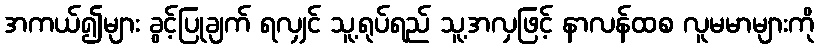
အကယ်၍များ ခွင့်ပြုချက် ရလျှင် သူ့ရုပ်ရည် သူ့အလှဖြင့် နာလန်ထစ လူမမာများကို